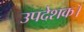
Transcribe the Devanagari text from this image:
उपदेशक।